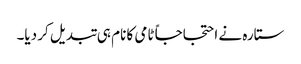
ستارہ نے احتجاجاً ٹامی کا نام ہی تبدیل کر دیا۔